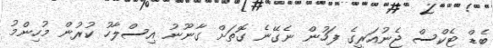
ބެޑް ޓެކްސް ޖެނުއަރީގެ ފަހުން ނެގޭނެ ގޮތަށް ގާނޫނު އިސްލާހު ކުރުން މުހިންމު